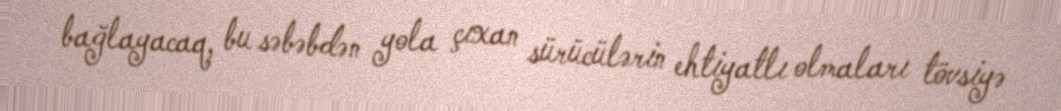
bağlayacaq, bu səbəbdən yola çıxan sürücülərin ehtiyatlı olmaları tövsiyə